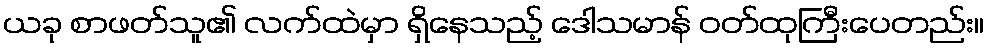
ယခု စာဖတ်သူ၏ လက်ထဲမှာ ရှိနေသည့် ဒေါသမာန် ဝတ်ထုကြီးပေတည်း။